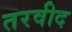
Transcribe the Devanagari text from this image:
तरवीद